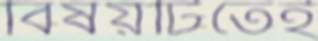
বিষয়টিতেই